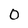
Character: 0